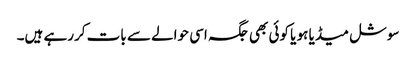
سوشل میڈیا ہو یا کوئی بھی جگہ اسی حوالے سے بات کررہے ہیں۔